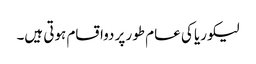
لیکوریا کی عام طور پر دواقسام ہوتی ہیں۔